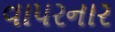
વાપરનાર